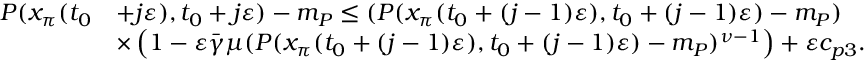
\begin{array} { r l } { P ( x _ { \pi } ( t _ { 0 } } & { + j \varepsilon ) , t _ { 0 } + j \varepsilon ) - m _ { P } \le ( P ( x _ { \pi } ( t _ { 0 } + ( j - 1 ) \varepsilon ) , t _ { 0 } + ( j - 1 ) \varepsilon ) - m _ { P } ) } \\ & { \times \left( 1 - \varepsilon \bar { \gamma } \mu ( P ( x _ { \pi } ( t _ { 0 } + ( j - 1 ) \varepsilon ) , t _ { 0 } + ( j - 1 ) \varepsilon ) - m _ { P } ) ^ { \nu - 1 } \right) + \varepsilon c _ { p 3 } . } \end{array}